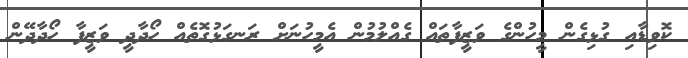
ކޮވިޑާއި ގުޅިގެން މީހުންގެ ވަޒީފާތައް ގެއްލުމުން އެމީހުނަށް ރަނގަޅުގޮތެއް ހޯދާދީ ވަޒީފާ ހޯދާދޭން